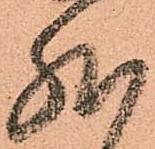
然